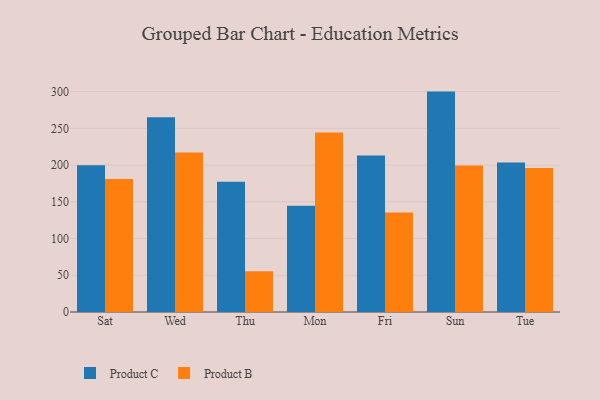
{"axis": {"x": "Day", "y": "Website Visitors"}, "legend": ["Product B", "Product C"], "data": [{"x": "Sat", "y": 199.9, "type": "Product C"}, {"x": "Sat", "y": 180.9, "type": "Product B"}, {"x": "Wed", "y": 265.1, "type": "Product C"}, {"x": "Wed", "y": 217.2, "type": "Product B"}, {"x": "Thu", "y": 177.3, "type": "Product C"}, {"x": "Thu", "y": 55.4, "type": "Product B"}, {"x": "Mon", "y": 144.6, "type": "Product C"}, {"x": "Mon", "y": 244.3, "type": "Product B"}, {"x": "Fri", "y": 212.9, "type": "Product C"}, {"x": "Fri", "y": 135.4, "type": "Product B"}, {"x": "Sun", "y": 300.0, "type": "Product C"}, {"x": "Sun", "y": 199.4, "type": "Product B"}, {"x": "Tue", "y": 203.4, "type": "Product C"}, {"x": "Tue", "y": 196.1, "type": "Product B"}]}